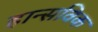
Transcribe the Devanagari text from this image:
हान्सविक